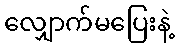
လျှောက်မပြေးနဲ့